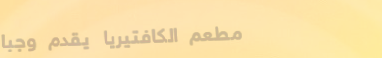
مطعم الكافتيريا يقدم وجبا